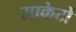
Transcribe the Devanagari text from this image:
साकेटों